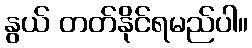
နွယ် တတ်နိုင်ရမည်ပါ။